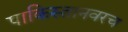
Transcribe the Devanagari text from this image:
पाकिस्तानवरच